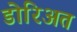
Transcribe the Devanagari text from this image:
डोरिअत